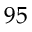
9 5